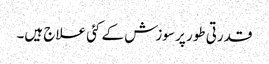
قدرتی طور پر سوزش کے کئی علاج ہیں۔